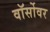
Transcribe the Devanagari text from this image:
वॉर्सोवर